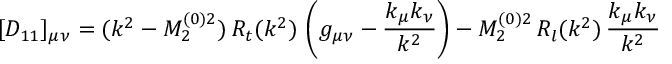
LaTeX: [ D _ { 1 1 } ] _ { \mu \nu } = ( k ^ { 2 } - M _ { 2 } ^ { ( 0 ) 2 } ) \, R _ { t } ( k ^ { 2 } ) \, \left( g _ { \mu \nu } - \frac { k _ { \mu } k _ { \nu } } { k ^ { 2 } } \right) - M _ { 2 } ^ { ( 0 ) 2 } \, R _ { l } ( k ^ { 2 } ) \, \frac { k _ { \mu } k _ { \nu } } { k ^ { 2 } }